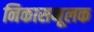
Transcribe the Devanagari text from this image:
निकासमूलक